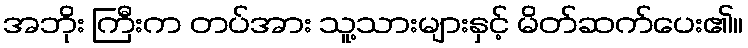
အဘိုး ကြီးက တပ်အား သူ့သားများနှင့် မိတ်ဆက်ပေး၏။